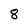
Character: 8